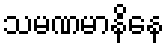
သမဏမာနိနေ